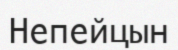
Непейцын